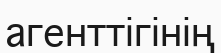
агенттігінің